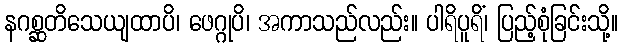
နဂစ္ဆတိသေယျထာပိ၊ ဖေဂ္ဂုပိ၊ အကာသည်လည်း။ ပါရိပူရိံ၊ ပြည့်စုံခြင်းသို့။